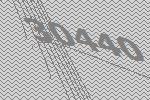
30440